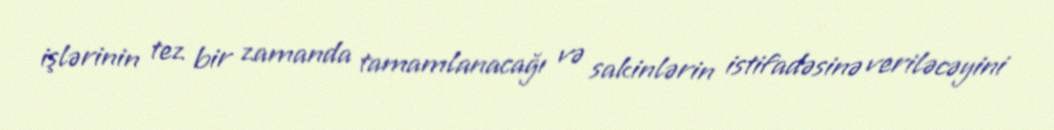
işlərinin tez bir zamanda tamamlanacağı və sakinlərin istifadəsinə veriləcəyini